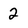
Character: 2